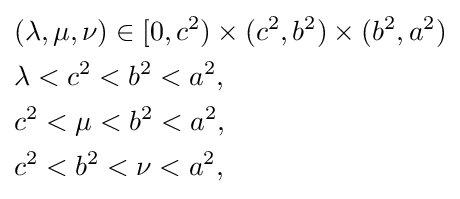
{\begin{aligned}&(\lambda ,\mu ,\nu )\in [0,c^{2})\times (c^{2},b^{2})\times (b^{2},a^{2})\\&\lambda <c^{2}<b^{2}<a^{2},\\&c^{2}<\mu <b^{2}<a^{2},\\&c^{2}<b^{2}<\nu <a^{2},\end{aligned}}